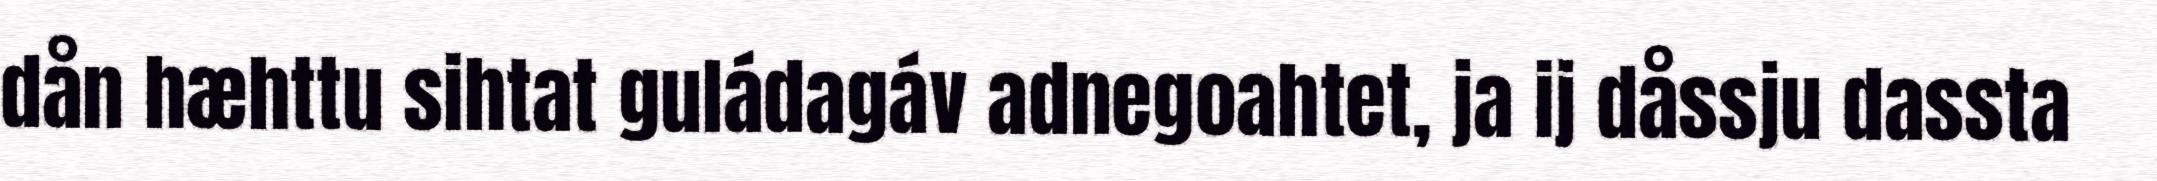
dån hæhttu sihtat guládagáv adnegoahtet, ja ij dåssju dassta